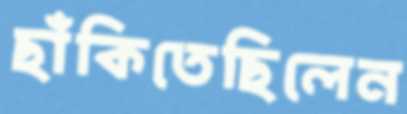
ছাঁকিতেছিলেন